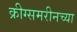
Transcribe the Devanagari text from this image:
क्रीग्समरीनच्या